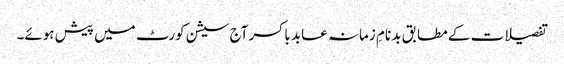
تفصیلات کے مطابق بد نامِ زمانہ عابد باکسر آج سیشن کورٹ میں پیش ہوئے۔